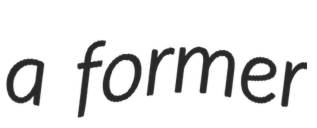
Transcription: a former